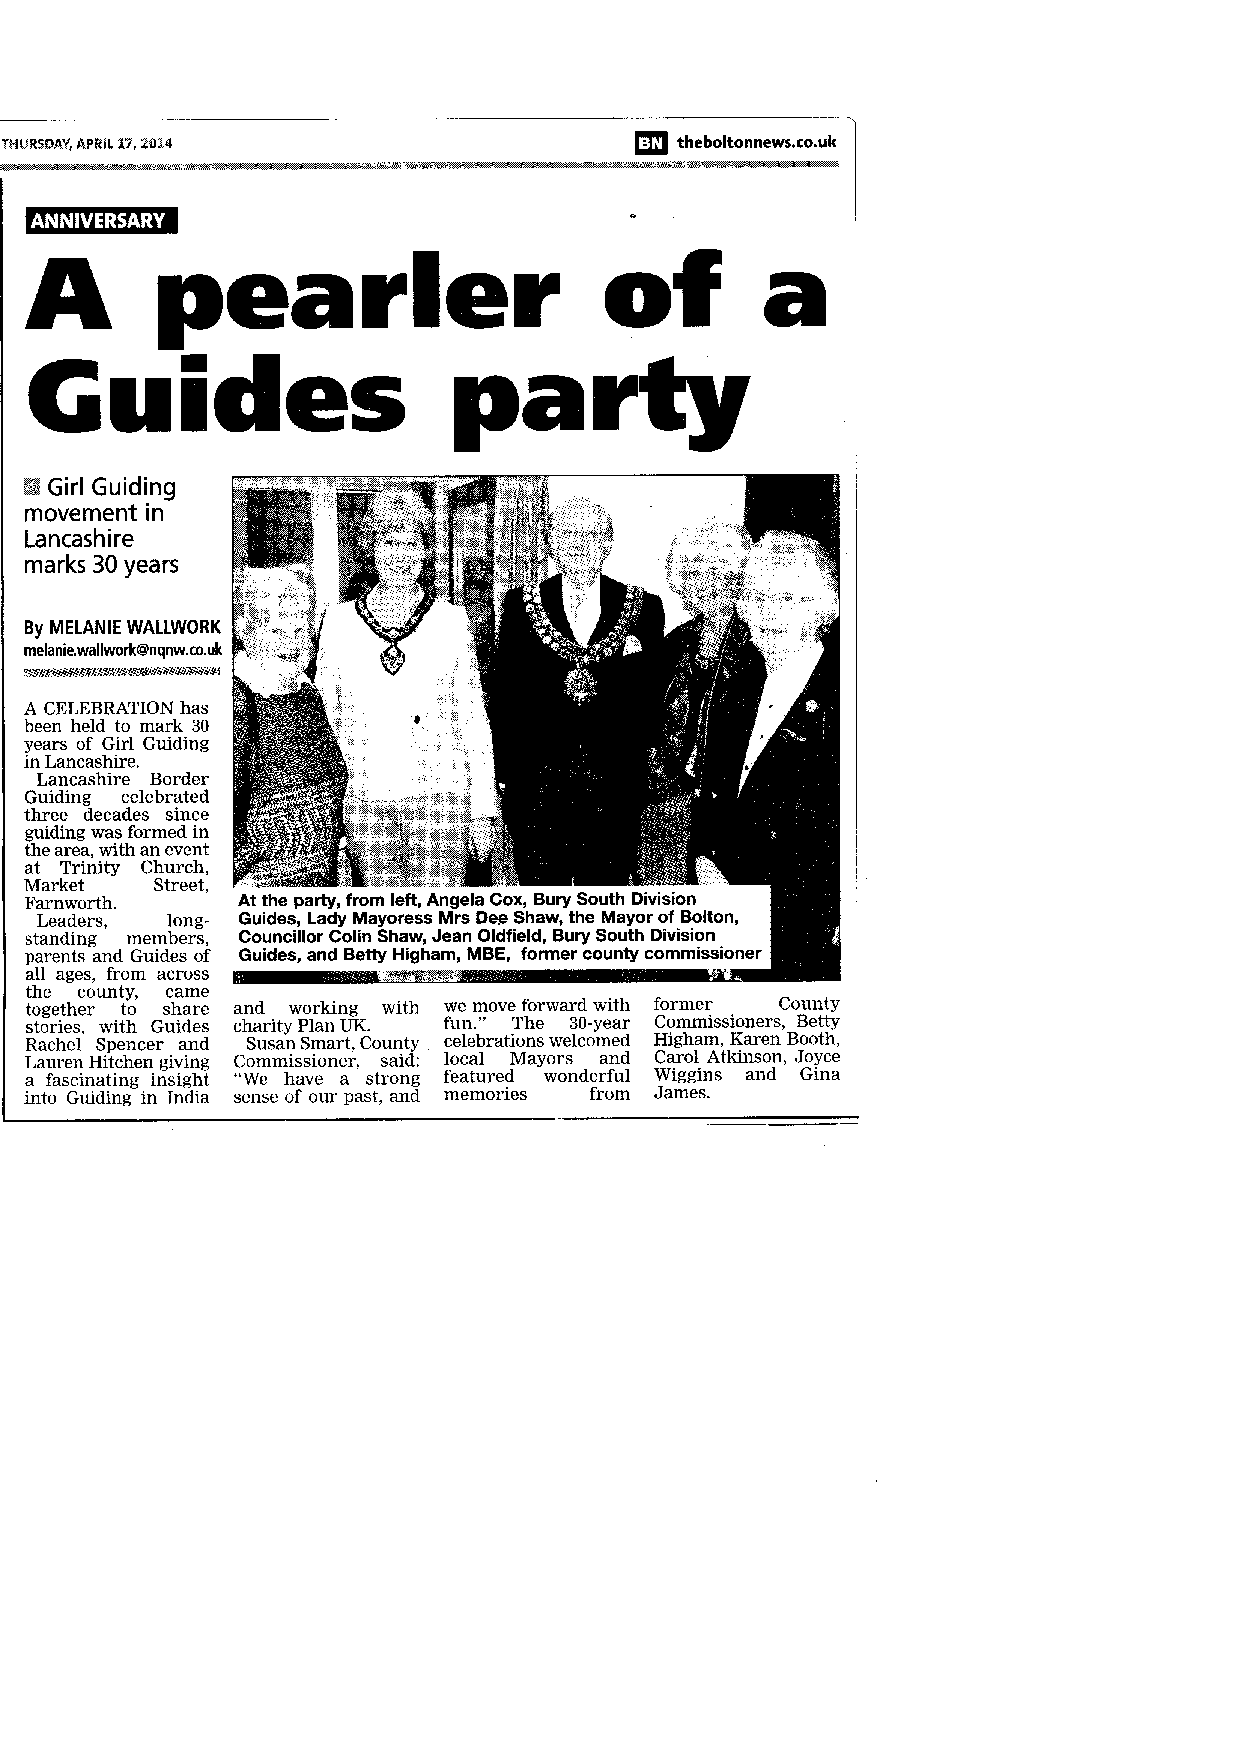
TF4UR$pAAVp"R l[ 47, ?St4                 f,fl theboltonnews.co.uk
 A       peatler                       of         a
 parry
 Guldes
 ffiG irlG uiding
 movemenitn
 Lancashire
 marks3 0y ears
 By MELANIEW ALLWORK
 melanie.wallwork@nqnuwk.co.
 A CELEBRATION has
 been held to mark 30
 years of Girl Guiding
 in Lancashire.
 Lancashire Border
 Guiding celebrated
 three decades since
 guiding was formed in
 the area, with an event
 at Trinity Church,
 Market  Street,
 Farnworth.    At the party, from left, Angela Cox, Bury South Division
 Leaders, long- Guides,L ady MayoressM rs Dee Shaw,t he Mayor of Bolton,
 standing members, Gouncillor Colin Shaw, Jean Oldfield, Bury South Division
 parents and Guides of Guides, and Betty Higham, MBE, former county commissioner
 all ages, from across
 the county, came
 together to share and working with we move forward with former County
 stories, with Guides charity Plan UK. fun." The 3O-year Commissioners, Betty
 Rachel Spencer and Susan Smart, County celebrations welcomed Higham, Karen Booth,
 Lauren Hitchen grving Commissioner, said: local Mayors and Carol Atkinson, Joyce
 a fascinating insight "We have a strong featured wonderful Wiggins and Gina
 into Guiding in India sense of our past, and memories from James.